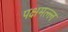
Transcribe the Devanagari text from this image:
पक्षमल्ल